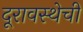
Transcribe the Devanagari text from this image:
दूरावस्थेची